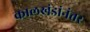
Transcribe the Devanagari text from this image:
कालखंडांनंतर